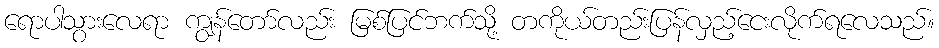
ရောပါသွားလေရာ ကျွန်တော်လည်း မြစ်ပြင်ဘက်သို့ တကိုယ်တည်းပြန်လှည့်ငေးလိုက်ရလေသည်။